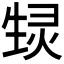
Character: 𬎶